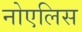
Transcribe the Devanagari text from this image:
नोएलिस